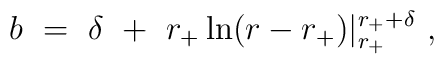
b~=~\delta~+~r_+\ln(r-r_+)|_{r_+}^{r_+ + \delta}~,